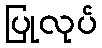
ပြုလုပ်